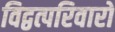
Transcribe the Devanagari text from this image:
विद्वत्परिवारों